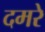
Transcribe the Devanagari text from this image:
दमरे